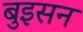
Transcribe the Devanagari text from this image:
बुइसन